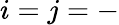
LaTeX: i=j=-